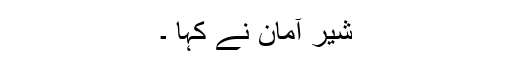
شیر آمان نے کہا ۔